Vaccination United Provinces of Agra and Oudh 1914-1922 - 1914-1922
Year: 1914
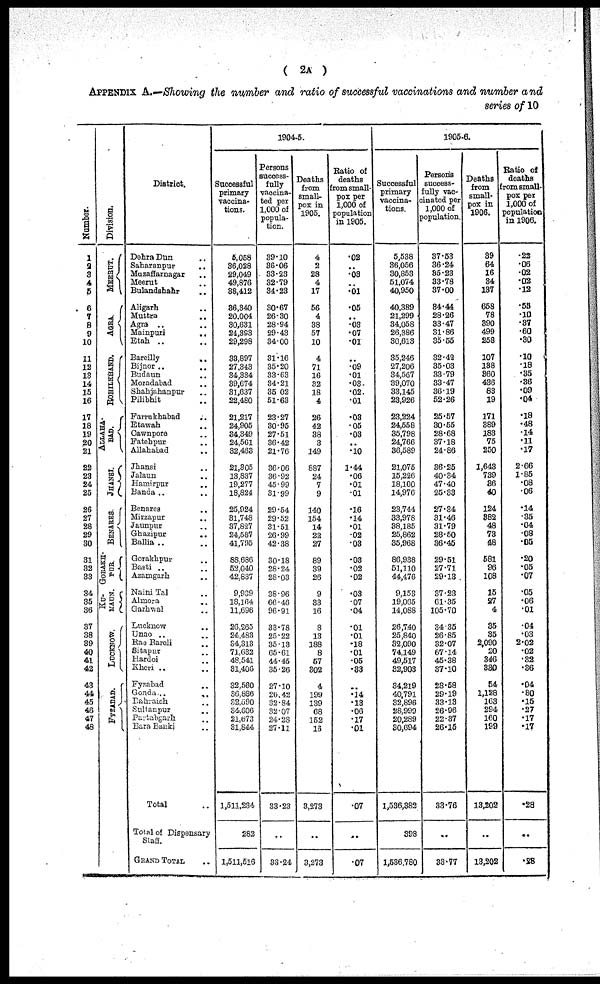
( 2A )
APPENDIX A.—Showing the number and ratio of successful vaccinations and number and
series of 10
Number.
1
2
3
4
5
6
7
8
9
10
11
12
13
14
15
16
17
18
19
20
21
22
23
24
25
26
27
28
29
30
31
32
33
34
35
36
37
38
39
40
41
42
43
44
45
46
47
48
Division.
MEERUT.
AGRA.
ROHILKHAND.
ALLAHA-
---.
JHANSI.
BENARES.
GORAKH-
PUR.
KU-
MAUN.
LUCKNOW.
FYZABAD.
District.
Dehra Dun ..
Saharanpur ..
Muzaffarnagar ..
Meerut ..
Bulandahahr ..
Aligarh ..
Muttra ..
Agra .. ..
Mainpuri
..
Etah .. ..
Bareilly
..
Bijnor .. ..
Budaun ..
Moradabad ..
Shahjahanpur ..
Pilibhit ..
Farrukhabad
..
Etawah ..
Cawnpore ..
Fatehpur ..
Allahabad ..
Jhansi ..
Jalaun ..
Hamirpur ..
Banda .. ..
Benares ..
Mirzapur
Jaunpur ..
Ghazipur
..
Ballia ..
Gorakhpur ..
Basti ..
..
Azamgarh ..
Naini Tal ..
Almora ..
Garkwal ..
Lucknow ..
Unao .. ..
Rae Bareli ..
Sitapur ..
Hardoi ..
Kheri
..
..
Fyzabad ..
Gonda
..
..
Bahraich ..
Sultanpur ..
Partabgarh
..
Bara Banki
..
Total ..
Total of Dispensary
Staff.
GRAND TOTAL ..
1904-5.
Successful
primary
vaccina-
tions.
5,058
36,028
29,049
49,876
38,412
36,340
20,004
30,631
24,393
29,298
33,897
27,343
34,334
39,674
31,637
22,480
21,217
24,905
34,349
24,561
32,483
21,305
13,837
19,277
18,824
25,924
31,748
37,827
24,587
41,795
88,686
52,040
42,837
9,939
18,164
11,696
26,265
24,483
34,818
71,632
48,541
31,406
32,560
36,886
32,590
34,606
21,673
31,844
1,511,234
282
1,511,516
Persons
success-
fully
vaccina-
ted per
1,000 of
popula-
tion.
39.10
86.06
33.23
32.79
34.23
30.67
26.30
28.94
29.43
34.00
31.16
35.20
33.63
34.21
35.02
51.63
23.27
30.95
27.51
36.42
21.76
36.06
36.92
45.99
31.99
29.54
29.52
31.51
26.99
42.38
30.18
28.24
28.03
38.96
66.46
96.91
33.78
25.22
35.13
65.61
44.45
35.26
27.10
26.42
32.84
32.07
24.28
27.11
33.23
..
33.24
Deaths
from
small-
pox in
1905.
4
2
28
4
17
56
4
38
57
10
4
71
16
32
18
4
26
42
38
3
149
887
24
7
9
140
154
14
22
27
89
39
26
9
33
16
8
13
188
8
57
302
4
199
139
68
152
16
3,273
..
3,273
Ratio of
deaths
from small-
pox per
1,000 of
population
in 1905.
.02
..
.03
..
.01
.05
..
.03
.07
.01
..
.09
.01
.03
.02
.01
.03
.05
.03
..
.10
1.44
.06
.01
.01
.16
.14
.01
.02
.03
.03
.02
.02
.03
.07
.04
.01
.01
.18
.01
.05
.33
..
.14
.13
.06
.17
.01
.07
..
.07
1905-6.
Successful
primary
vaccina-
tions.
5,538
36,056
30,853
51,074
40,950
40,389
21,299
34,058
26,386
30,613
35,246
27,206
34,567
39,070
33,145
23,926
23,224
24,558
35,798
24,766
36,589
21,075
15,226
18,100
14,976
23,744
33,978
38,185
25,862
35,968
86,938
51,110
44,476
9,153
19,065
14,088
26,740
25,840
32,090
74,149
49,517
32,903
34,219
40,791
32,896
28,999
20,289
30,694
1,536,382
398
1,636,780
Persons
success-
fully vac-
cinated per
1,000 of
population.
37.53
36.24
35.23
33.78
37.00
34.44
28.26
33.47
31.86
35.55
32.42
35.03
33.79
33.47
36.19
52.26
25.57
30.55
28.68
37.18
24.86
36.25
40.34
47.40
25.33
27.34
31.46
31.79
28.50
36.45
29.51
27.71
29.13
37.23
61.35
105.70
34.35
26.85
32.07
67.14
45.38
37.10
28.58
29.19
33.13
26.96
22.37
26.15
33.76
..
33.77
Deaths
from
small-
pox in
1906.
39
64
16
34
137
658
78
390
499
258
107
138
360
436
83
19
171
389
183
75
250
1,643
739
36
40
124
382
48
73
48
581
96
108
15
27
4
35
35
2,090
20
346
330
54
1,128
163
294
160
199
13,202
..
13,202
Ratio of
deaths
from small-
pox per
1,000 of
population
in 1906.
.22
.06
.02
.02
.12
.55
.10
.37
.60
.30
.10
.18
.35
.36
.09
.04
.18
.48
.14
.11
.17
2.66
1.85
.08
.06
.14
.35
.04
.08
.05
.20
.05
.07
.05
.06
.01
.04
.03
2.02
.02
.32
.36
.04
.80
.15
.27
.17
.17
.28
..
.28